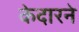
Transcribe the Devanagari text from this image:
केदारने